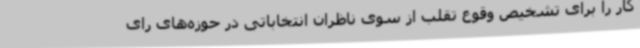
کار را برای تشخیص وقوع تقلب از سوی ناظران انتخاباتی در حوزه‌های رای